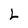
Character: L